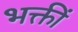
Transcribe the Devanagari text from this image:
भक्तीं